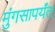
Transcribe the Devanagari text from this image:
मुंगसापर्यंत